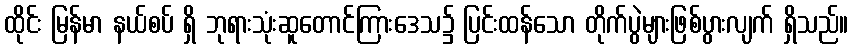
ထိုင်း မြန်မာ နယ်စပ် ရှိ ဘုရားသုံးဆူတောင်ကြားဒေသ၌ ပြင်းထန်သော တိုက်ပွဲများဖြစ်ပွားလျက် ရှိသည်။